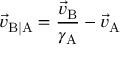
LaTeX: { \vec { v } } _ { \mathrm { B | A } } = { \frac { { \vec { v } } _ { \mathrm { B } } } { \gamma _ { \mathrm { A } } } } - { \vec { v } } _ { \mathrm { A } }